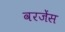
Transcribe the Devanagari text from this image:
वरजेंस